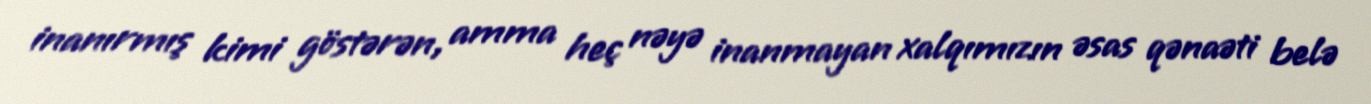
inanırmış kimi göstərən, amma heç nəyə inanmayan xalqımızın əsas qənaəti belə